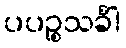
ပပဉ္စသင်္ခါ